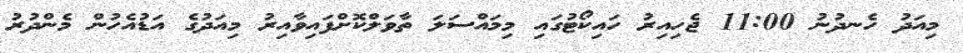
މިއަދު ހެނދުނު 11:00 ޖެހިއިރު ހައިކޯޓުގައި މިމައްސަލަ ތާވަލްކޮށްފައިވާއިރު މިއަދުގެ އަޑުއެހުން މެންދުރު